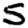
Digit: 5